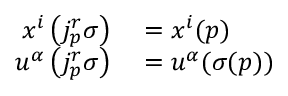
\begin{array} { r l } { x ^ { i } \left( j _ { p } ^ { r } \sigma \right) } & { { } = x ^ { i } ( p ) } \\ { u ^ { \alpha } \left( j _ { p } ^ { r } \sigma \right) } & { { } = u ^ { \alpha } ( \sigma ( p ) ) } \end{array}